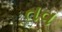
તવ